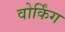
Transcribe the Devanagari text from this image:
वोर्किंग